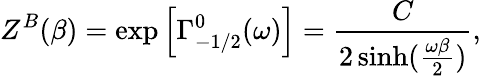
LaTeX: Z^{B}(\beta)=\exp\left[\Gamma_{-1/2}^{0}(\omega)\right]={\frac{C}{2\sinh({\frac{\omega\beta}{2}})}},